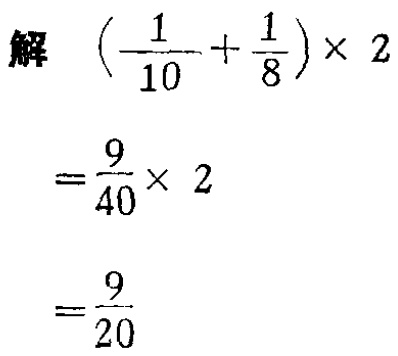
```

解

\((\frac{1}{10}+\frac{1}{8})\times 2\)

\(=\frac{9}{40}\times 2\)

\(=\frac{9}{20}\)

```